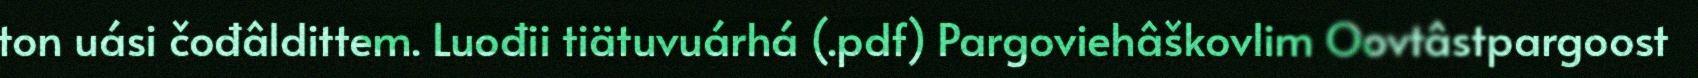
ton uási čođâldittem. Luođii tiätuvuárhá (.pdf) Pargoviehâškovlim Oovtâstpargoost